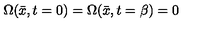
\Omega ( \bar { x } , t = 0 ) = \Omega ( \bar { x } , t = \beta ) = 0